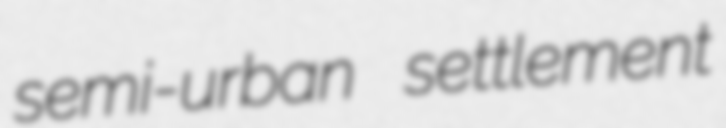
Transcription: semi-urban settlement